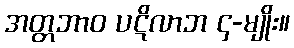
အတ္တဘာဝ ပဋိလာဘ ၄-မျိုး။